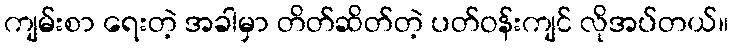
ကျမ်းစာ ရေးတဲ့ အခါမှာ တိတ်ဆိတ်တဲ့ ပတ်ဝန်းကျင် လိုအပ်တယ်။